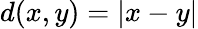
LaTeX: d(x,y)=\vert x-y\vert